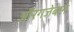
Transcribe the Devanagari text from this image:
औंरगजेबाने